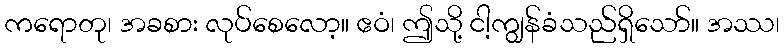
ကရောတု၊ အခစား လုပ်စေလော့။ ဧဝံ၊ ဤသို့ ငါ့ကျွန်ခံသည်ရှိသော်။ အဿ၊